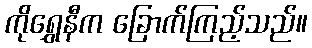
ကိုရွှေနီက ခြောက်ကြည့်သည်။